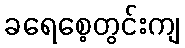
ခရေစေ့တွင်းကျ